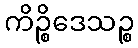
ကိဉ္စိဒေသဉ္စ